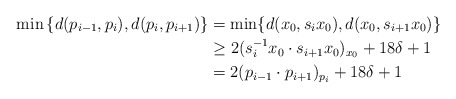
\begin{align*}\min{\{d(p_{i-1},p_i) , d(p_i,p_{i+1})\}} &= \min\{d(x_0,s_ix_0), d(x_0,s_{i+1}x_0) \} \\&\ge 2(s_i^{-1}x_0 \cdot s_{i+1} x_0)_{x_0} +18\delta +1\\&= 2(p_{i-1} \cdot p_{i+1})_{p_i} +18\delta +1\end{align*}